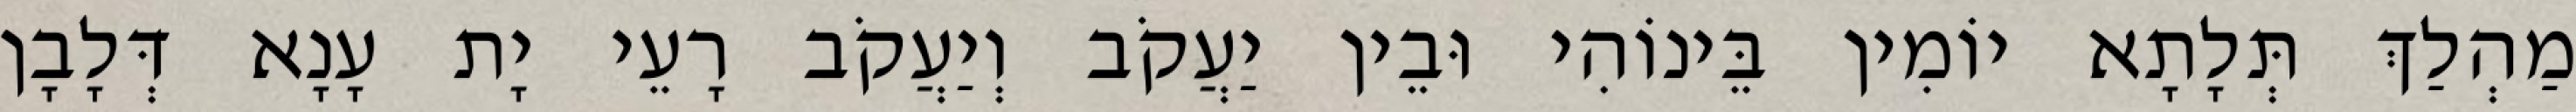
מַהְלַךְ תְּלָתָא יוֹמִין בֵּינוֹהִי וּבֵין יַעֲקֹב וְיַעֲקֹב רָעֵי יָת עָנָא דְּלָבָן